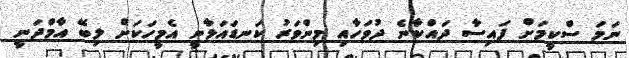
ނަމަ ސްކީމަށް ފައިސާ ދައްކާނެ ދުވަހާއި މިންވަރު ކަނޑައަޅާނީ އެމީހަކަށް ލިބޭ އާމްދަނީ